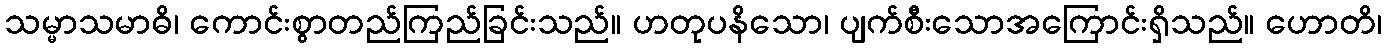
သမ္မာသမာဓိ၊ ကောင်းစွာတည်ကြည်ခြင်းသည်။ ဟတုပနိသော၊ ပျက်စီးသောအကြောင်းရှိသည်။ ဟောတိ၊